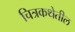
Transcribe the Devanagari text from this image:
चित्रकथेतील